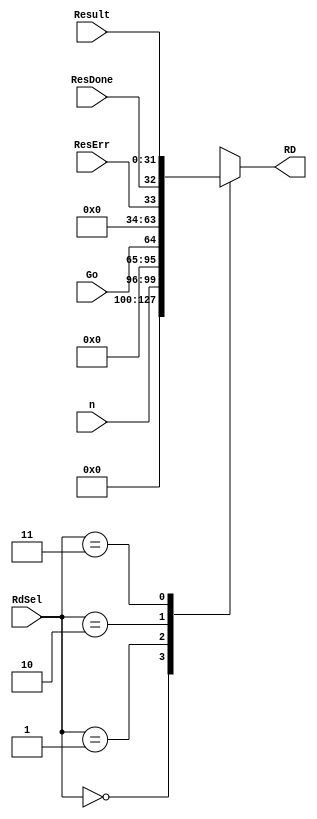
`timescale 1ns / 1ps

module fact_mux4(
        input   wire    [1:0]   RdSel,
        input   wire    [3:0]   n,
        input   wire            Go,
        input   wire            ResDone, ResErr,
        input   wire    [31:0]  Result,
        output  reg     [31:0]  RD
    );
    
    always @ (*) begin
        case (RdSel)
            2'b00:      RD = {{(32-4){1'b0}}, n};   // 32 - width of n; {1'b0} assigns all upper 28 bits = 0
            2'b01:      RD = {{31{1'b0}}, Go};
            2'b10:      RD = {{30{1'b0}}, ResErr, ResDone};
            2'b11:      RD = Result;
            default:    RD = {31{1'bx}};
        endcase
    end
endmodule